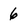
Character: 6